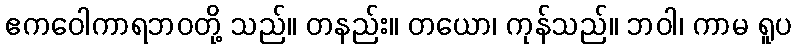
ဧကဝေါကာရဘဝတို့ သည်။ တနည်း။ တယော၊ ကုန်သည်။ ဘဝါ၊ ကာမ ရူပ